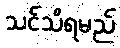
သင်သိရမည်